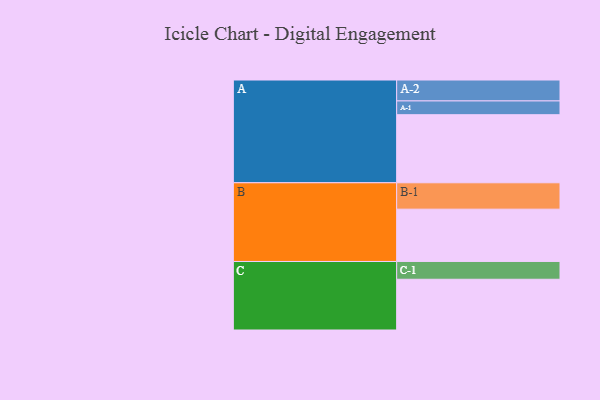
{"axis": {"x": "Segment", "y": "Value"}, "legend": ["", "A", "B", "C"], "data": [{"x": "A", "y": 475, "type": ""}, {"x": "B", "y": 365, "type": ""}, {"x": "C", "y": 354, "type": ""}, {"x": "A-1", "y": 96, "type": "A"}, {"x": "A-2", "y": 146, "type": "A"}, {"x": "B-1", "y": 184, "type": "B"}, {"x": "C-1", "y": 124, "type": "C"}]}